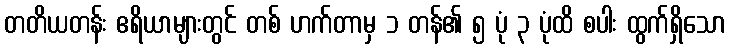
တတိယတန်း ဧရိယာများတွင် တစ် ဟက်တာမှ ၁ တန်၏ ၅ ပုံ ၃ ပုံထိ စပါး ထွက်ရှိသော